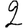
Digit: 2